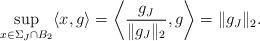
LaTeX: \begin{align*}\sup_{x\in\Sigma_J\cap B_2}\langle x,g\rangle=\bigg\langle \frac{g_J}{\|g_J\|_2},g\bigg\rangle=\|g_J\|_2.\end{align*}